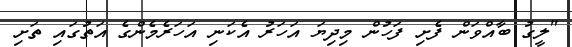
"ލީގު ބާއްވަން ފެށި ފަހުން މިދިޔަ އަހަރު އެކަނި އަހަރެމެންގެ އަތުގައި ތަށި